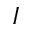
I